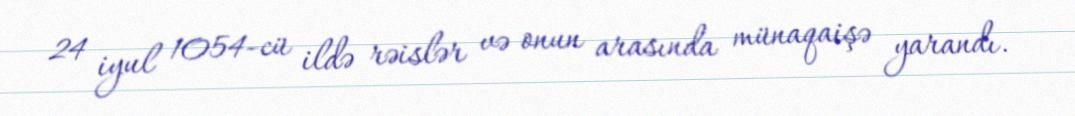
24 iyul 1054-cü ildə rəislər və onun arasında münaqaişə yarandı.